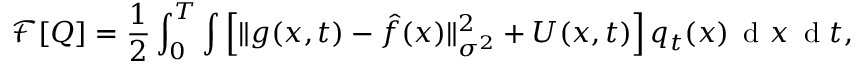
\mathcal { F } [ Q ] = \frac { 1 } { 2 } \int _ { 0 } ^ { T } \int \Big [ \| g ( x , t ) - \hat { f } ( x ) \| _ { \sigma ^ { 2 } } ^ { 2 } + U ( x , t ) \Big ] \, q _ { t } ( x ) \, \mathrm { ~ d ~ } x \, \mathrm { ~ d ~ } t ,